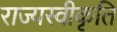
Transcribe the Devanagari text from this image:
राज्यस्वीकृति